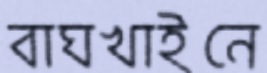
বাঘখাইনে